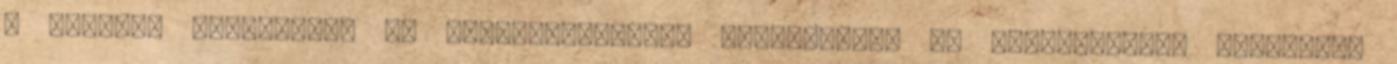
a szárdok kultúráját és gasztronómiáját hazájukban, az olaszországi Szardínia